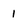
Character: 1